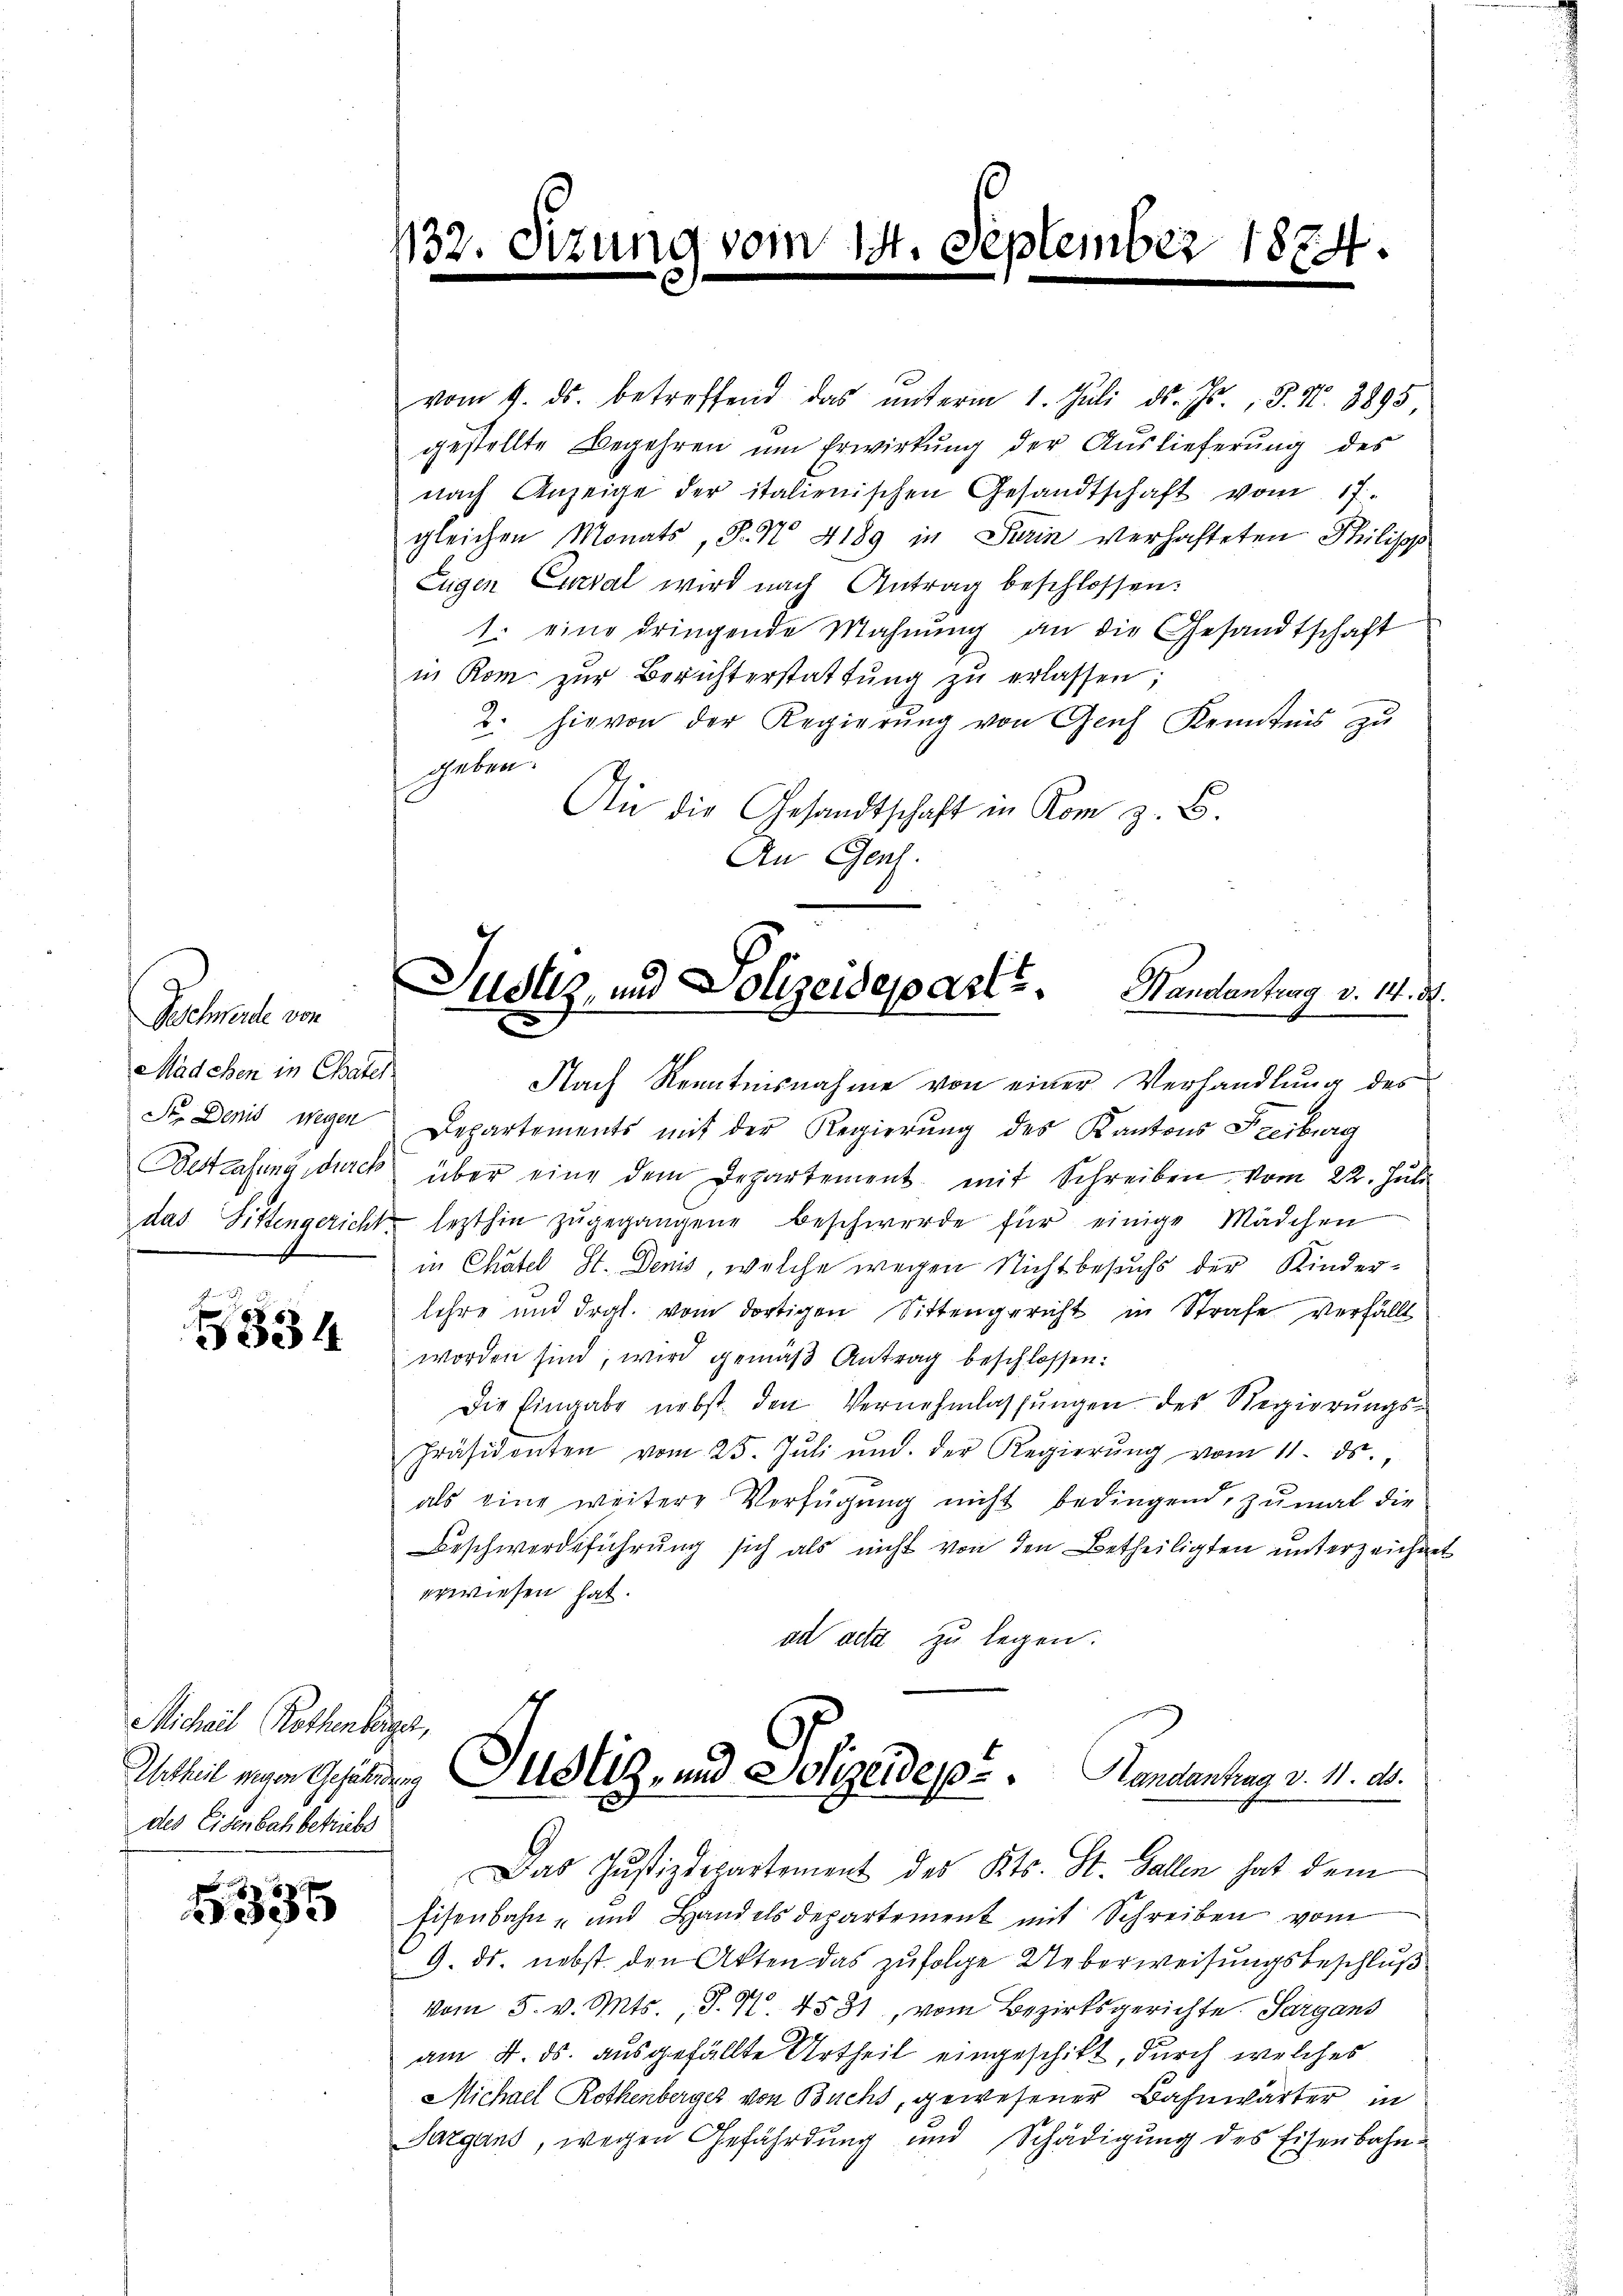
Gachnahe von
Mädchen in Chater
Se. Denis wegen
Bestrafung durch
das Sittengericht.

334

vom 9. ds. betreffend das ŭnterm 1. Juli d. Js. " J. N. 3895
gestellte Begehren um Erwirkung der Auslieferung des
nach Anzeige der italienischen Gesandtschaft vom 17.
gleichen Monats, P. No. 4189 in Turin verhafteten Heiliges
Eugen Curial wird nach Antrag beschlossen:
1. eine dringende Mahnŭng an die Gesandtschaft
in Rom zŭr Berichterstattŭng zŭ erlassen;
2. hievon der Regierŭng von Genf Kenntnis zu
geben.
Die die Gesandtschaft in Rom z. B.
An Genf.

Michael Rothenberger,
des Eisenbach betriebs

5335

13.

ung vom

September 1874.

Justiz, und Polizeideparte Brandantung v. 14. d.
2
.

Nach Kenntnisnahme von einer Verhandlung des
Departements mit der Regierung des Kantons Freiburg
über eine dem Departement mit Schreiben vom 22. Juli
lezthin zŭgegangene Beschwerde für einige Mädchen
in Chatel St. Denis, welche wegen Nicht besuchs der Kinderlehre und drgl. vom dortigen Sittengericht in Strafe verfällt
worden sind, wird gemäß Antrag beschlossen:
Die Eingabe nebst den Vernehmlassungen des Regierungs-
Präsidenten vom 25. Jŭli und der Regierŭng vom 11. ds.
als eine weitere Verfügung nicht bedingend, zumal die
Beschwerdeführung sich als nicht von den Betheiligten unterzeichne
erwiesen hat.
ad acta zu legen.
Urtheil man Gehölzung des- und Polizeides Handantrag v. 11. d.
Das Justizdepartement des Kts. St. Gallen hat dem
Eisenbahn- und Handelsdepartement mit Schreiben vom
9. ds. nebst den Akten das zufolge Ueberweisungsbeschluß
vom 5. v. Mts., S. Nr. 4531, vom Bezirksgerichte. Sargans
am 4. ds. ausgefällte Urtheil eingeschikt, durch welches
Michael Rothenberger von Buchs, gewesener Bahnwärter in
Sargans, wegen Gefährdung und Schädigung des Eisenbahn¬